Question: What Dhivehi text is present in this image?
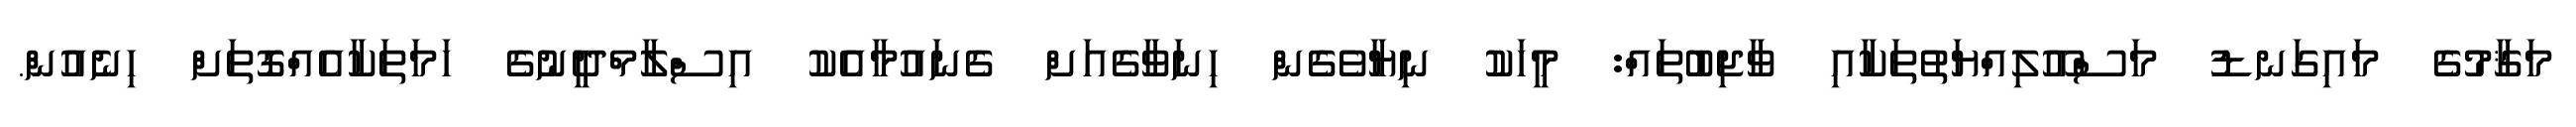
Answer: މަޤާމުގެ މައިގަނޑު މަސްއޫލިއްޔަތުތަކާއި ވާޖިބުތައް: މީހަކު ނިޔާވެގެން ހިނަވާގެއަށް ގެނައުމާއެކު އިސްލާމްދީނުގެ ހަމަތަކާއެއްގޮތަށް ހިނެއުން.